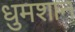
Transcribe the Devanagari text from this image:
धुमशान